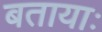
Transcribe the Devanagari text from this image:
बतायाः